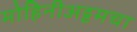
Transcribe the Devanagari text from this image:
मोहिनीअट्टमचा